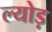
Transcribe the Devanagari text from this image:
ल्योड़